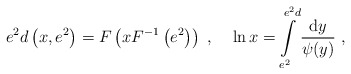
\begin{align*}e^2d\left(x,e^2\right)=F\left(xF^{-1}\left(e^2\right)\right)\;,\;\;\;\;\ln x=\int\limits_{e^2}^{e^2d}\frac{{\rm d}y}{\psi(y)}~,\end{align*}